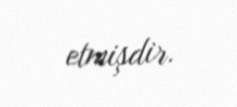
etmişdir.